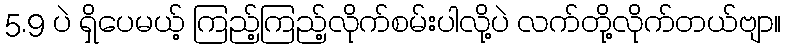
5.9 ပဲ ရှိပေမယ့် ကြည့်ကြည့်လိုက်စမ်းပါလို့ပဲ လက်တို့လိုက်တယ်ဗျာ။